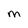
Character: M